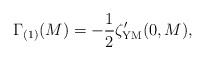
\begin{align*}\Gamma_{(1)}(M)=-{1\over 2}\zeta'_{\rm YM}(0, M),\end{align*}